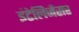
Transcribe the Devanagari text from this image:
इंटेलिजेंसर